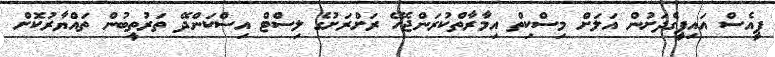
ޕީއެސް އައިޕީގެދަށުން އަލަށް މިސްކިތް އިމާރާތްކުރަންޖެހޭ ރަށްރަށުގެ ލިސްޓް އިސްކަންދޭ ތަރުތީބުން ތައްޔާރުކޮށް